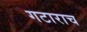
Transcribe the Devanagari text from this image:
गटाराच